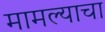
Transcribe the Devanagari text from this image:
मामल्याचा